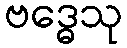
ဗဒ္ဓေသု